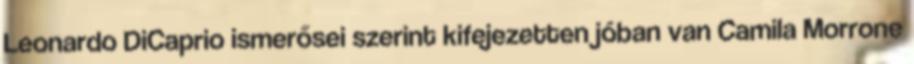
Leonardo DiCaprio ismerősei szerint kifejezetten jóban van Camila Morrone